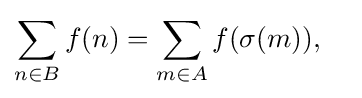
\sum _{n\in B}f(n)=\sum _{m\in A}f(\sigma (m)),\quad